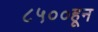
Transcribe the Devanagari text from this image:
८५००हून